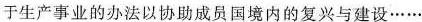
于生产事业的办法以协助成员国境内的复兴与建设……